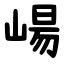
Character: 崵